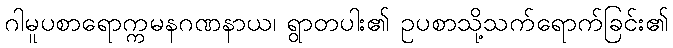
ဂါမူပစာရောက္ကမနဂဏနာယ၊ ရွာတပါး၏ ဥပစာသို့သက်ရောက်ခြင်း၏